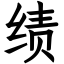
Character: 绩